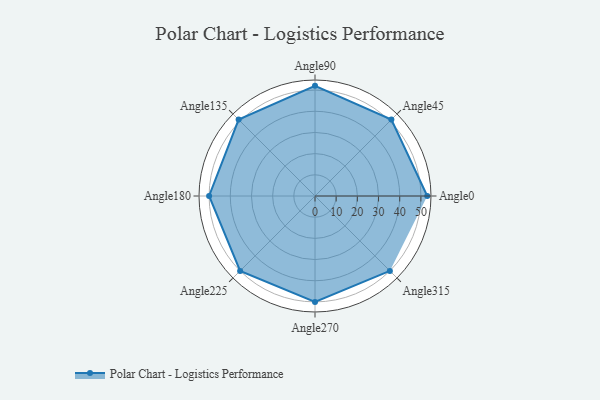
{"axis": {"x": "Angle", "y": "Radius"}, "legend": [""], "data": [{"x": "Angle0", "y": 53.0, "type": ""}, {"x": "Angle45", "y": 51.0, "type": ""}, {"x": "Angle90", "y": 52.0, "type": ""}, {"x": "Angle135", "y": 51.0, "type": ""}, {"x": "Angle180", "y": 50, "type": ""}, {"x": "Angle225", "y": 50, "type": ""}, {"x": "Angle270", "y": 50, "type": ""}, {"x": "Angle315", "y": 50, "type": ""}]}